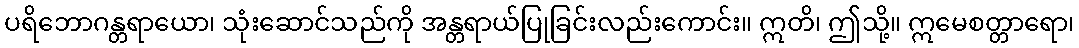
ပရိဘောဂန္တရာယော၊ သုံးဆောင်သည်ကို အန္တရာယ်ပြုခြင်းလည်းကောင်း။ ဣတိ၊ ဤသို့။ ဣမေစတ္တာရော၊